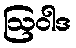
ဩဝါဒ